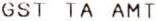
GST TA AMT